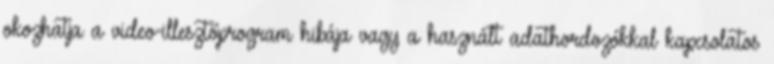
okozhatja a video-illesztőprogram hibája vagy a használt adathordozókkal kapcsolatos